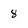
Character: 8